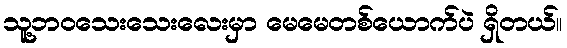
သူ့ဘဝသေးသေးလေးမှာ မေမေတစ်ယောက်ပဲ ရှိတယ်။